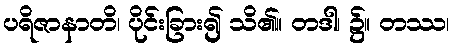
ပရိဇာနာတိ၊ ပိုင်းခြား၍ သိ၏။ တဒါ၊ ၌။ တဿ၊